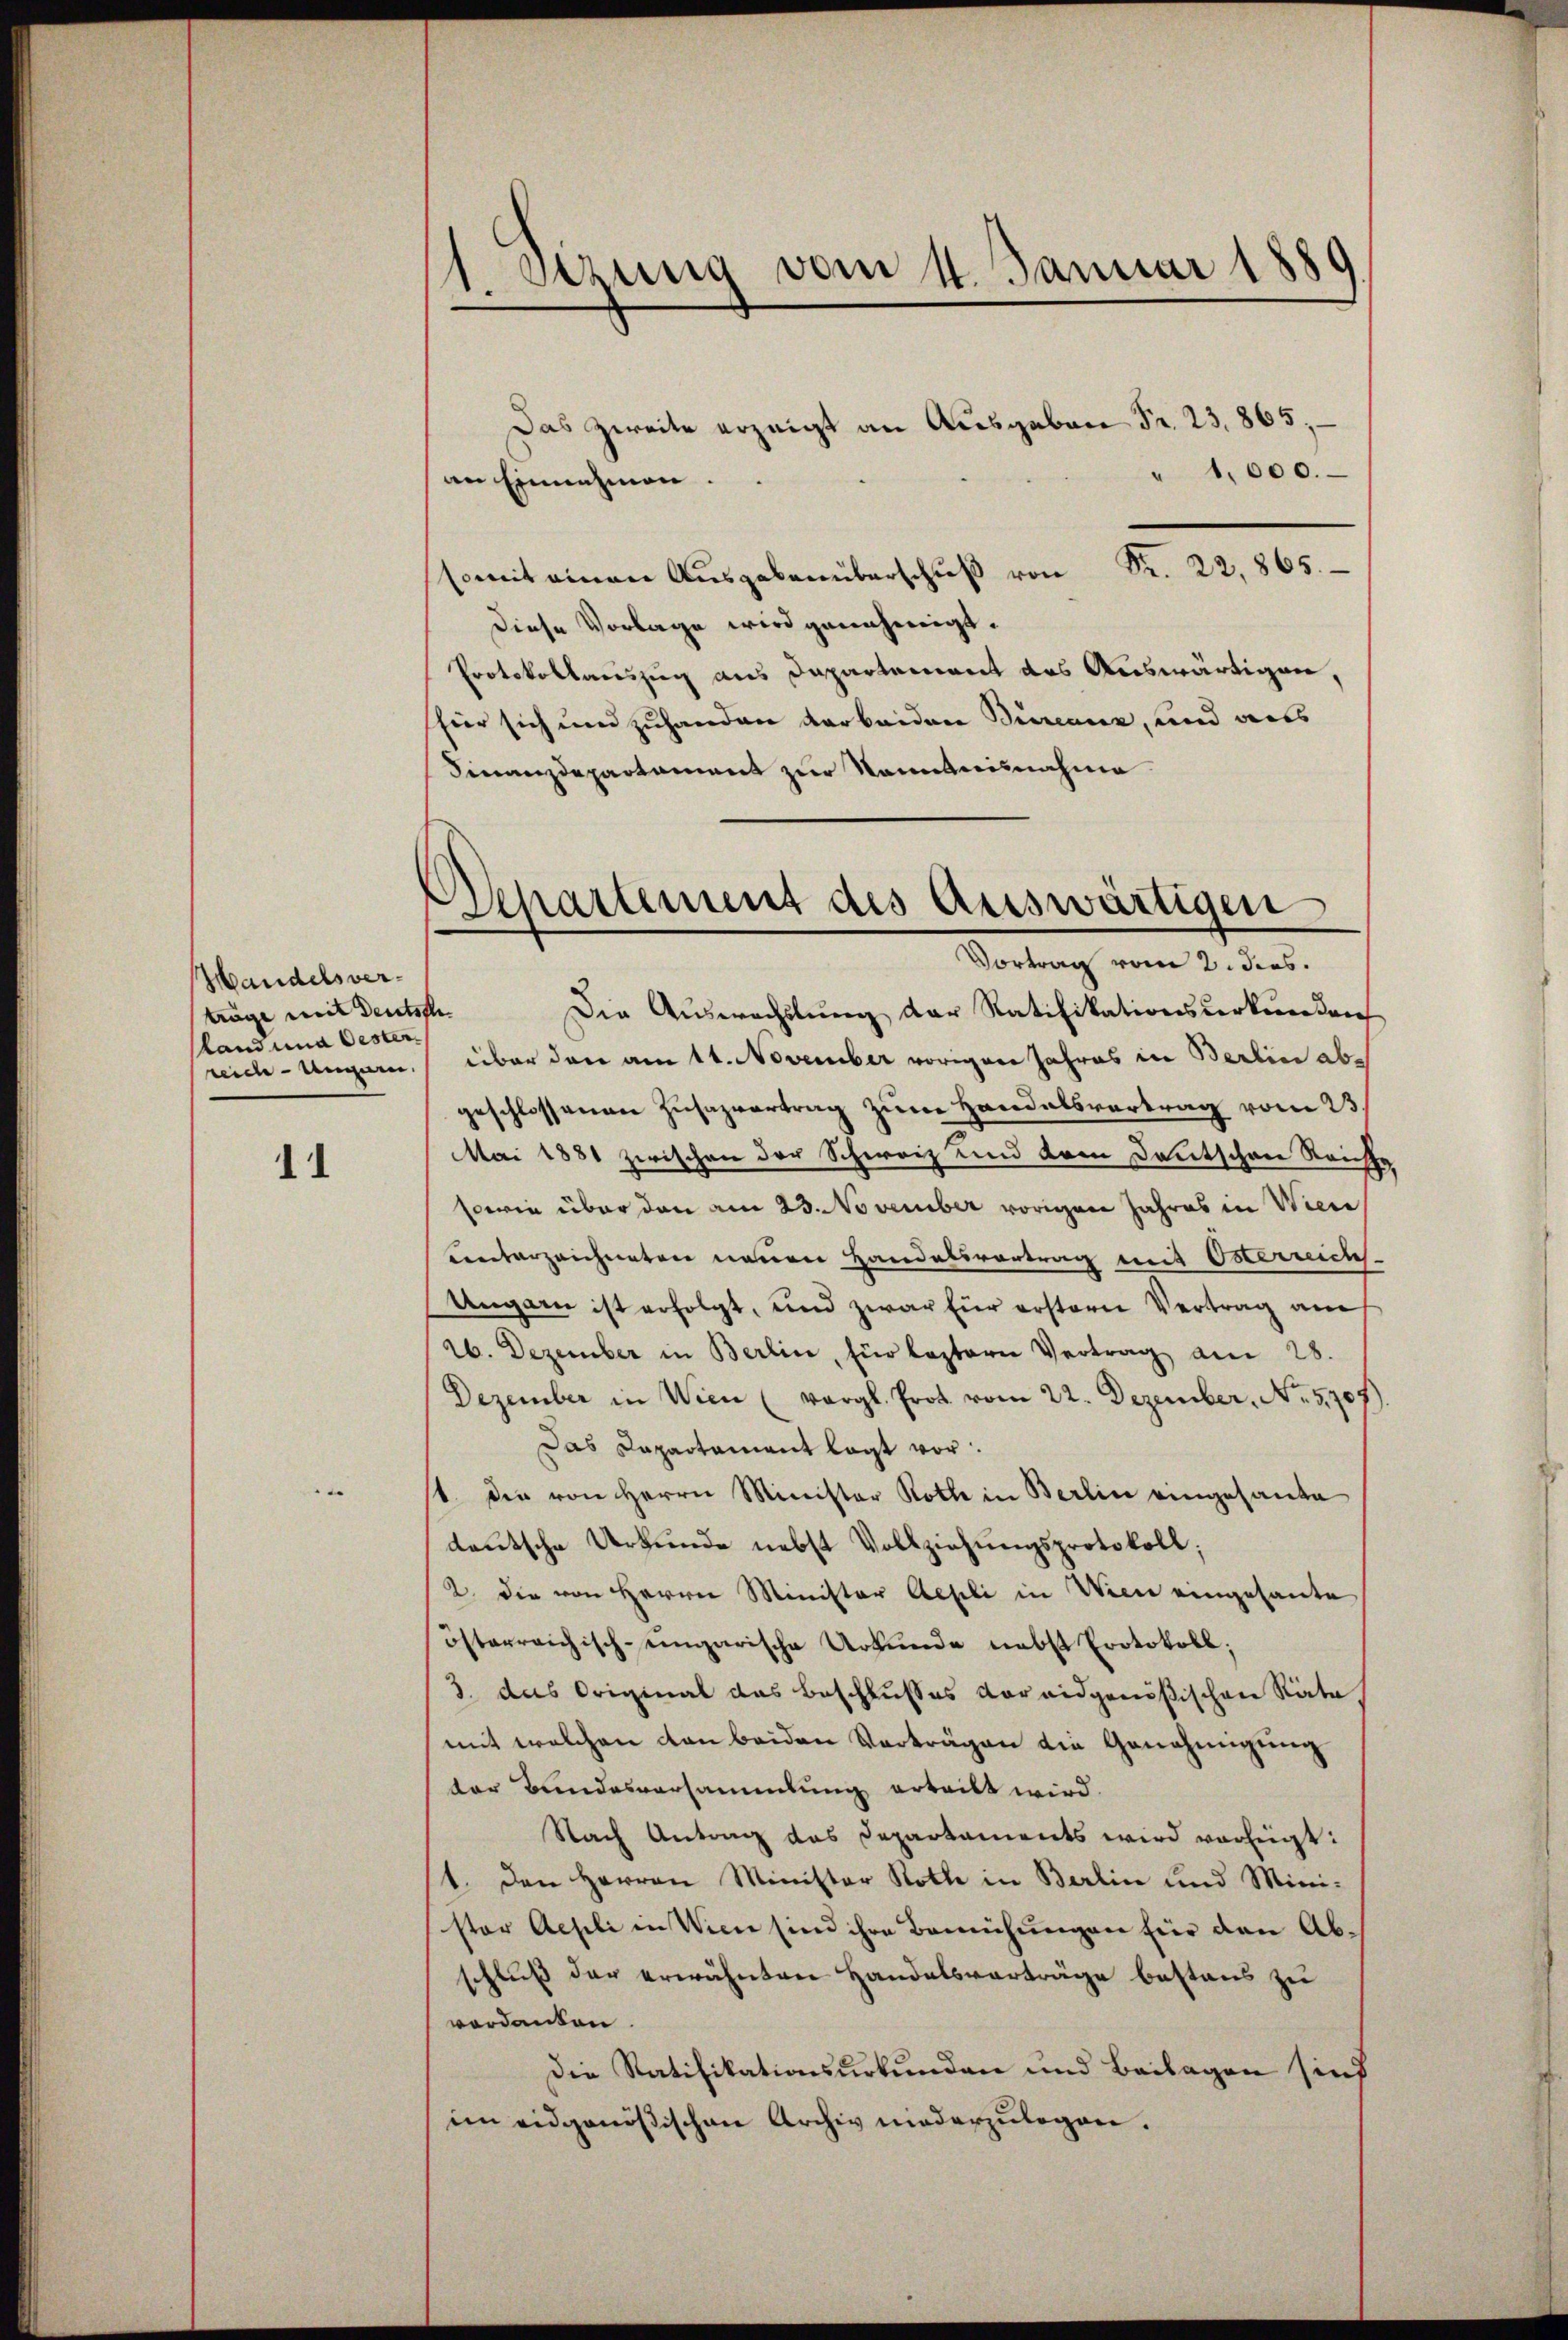
Handelsverträge weit Deutsche
land una Oester
reide Ungern.

11

Stzung vom 11. Januar 1889

Separtement des Auswärtigen
Vortrag vom 2. dies.

Das zweite erzeigt an Ausgaben Fr. 23. 865;
" 1,000.
an Einnahmen.
Fr. 22,865.
somit einen Ausgaben überschuß von
Diese Vorlage wird genehmigt.
Protokollauszug aus Departement des Auswärtigen,
shier sich und zuhanden darbeiden Bierenz, und aus
Finanzdepartament zur Namntnisnahme
Die Auswechslung der Ratifikationsurkunden
über den am 11. November vorigen Jahres in Berlin abgeschlossenen Zusazvertrag zum Handelsvertrag vom 23.
Mai 1881 zwischen der Schweiz und dem Deutschaue Reich
sowie über den am 23. November vorigen Jahres in Wien
unterzeichneten neuen Handelsvortrag mit Osternichs.
Ungarn ist erfolgt, und zwar für erstern Vertrag am
26. Dezember in Berlin, für leztern Vertrag am 28.
Dezember in Wien (vergl. Prot vom 22. Dezember, No. 5707).
Das Dapartamant lagt vor.
1. Die von Herrn Minister Rothe in Berlin eingesante
deutsche Urkunde nebst Vollziehŭngsprotokoll;
2. die von Herrn Minister Aepli in Wien eingesante
österreichisch-ungarische Urkunde nebst Protokoll;
3. das Original das Beschlusses vor eidgenößischen Räte
mit welchen von beiden Vorträgen die Genehmigung
der Bundesversammlung erteilt wird.
Nach Antrag das Departaments wird verfügt:
1. den Herren Minister Rothe in Berlin und Mini-
ster Aeseli in Wien sind ihre Bemühungen für den Abschluß der erwähnten Handelsverträge bestens zu
vordanken.
Die Ratifikationsurkunden und Beilagen sind
im eidgenößischen Archiv niederzulegen.